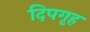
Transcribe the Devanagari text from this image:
दिपगृह